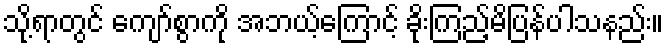
သို့ရာတွင် ကျော်စွာကို အဘယ့်ကြောင့် ခိုးကြည့်မိပြန်ပါသနည်း။